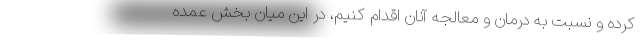
کرده و نسبت به درمان و معالجه آنان اقدام کنیم، در این میان بخش عمده